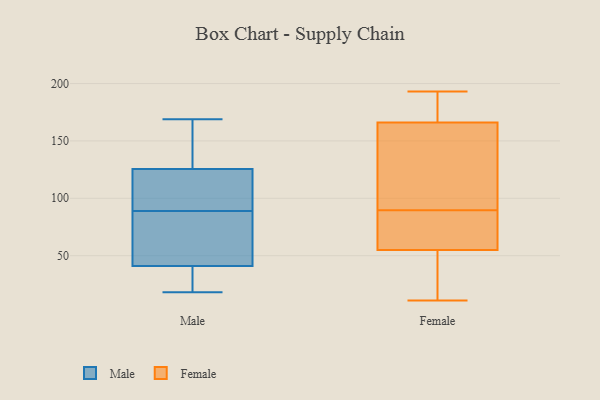
{"axis": {"x": "Churn Rate (%)", "y": "Value"}, "legend": ["Female", "Male"], "data": [{"x": "", "y": 50, "type": "Male"}, {"x": "", "y": 151, "type": "Male"}, {"x": "", "y": 27, "type": "Male"}, {"x": "", "y": 50, "type": "Male"}, {"x": "", "y": 169, "type": "Male"}, {"x": "", "y": 29, "type": "Male"}, {"x": "", "y": 45, "type": "Male"}, {"x": "", "y": 89, "type": "Male"}, {"x": "", "y": 156, "type": "Male"}, {"x": "", "y": 117, "type": "Male"}, {"x": "", "y": 113, "type": "Male"}, {"x": "", "y": 18, "type": "Male"}, {"x": "", "y": 92, "type": "Male"}, {"x": "", "y": 167, "type": "Female"}, {"x": "", "y": 49, "type": "Female"}, {"x": "", "y": 11, "type": "Female"}, {"x": "", "y": 140, "type": "Female"}, {"x": "", "y": 119, "type": "Female"}, {"x": "", "y": 170, "type": "Female"}, {"x": "", "y": 90, "type": "Female"}, {"x": "", "y": 58, "type": "Female"}, {"x": "", "y": 64, "type": "Female"}, {"x": "", "y": 89, "type": "Female"}, {"x": "", "y": 121, "type": "Female"}, {"x": "", "y": 165, "type": "Female"}, {"x": "", "y": 175, "type": "Female"}, {"x": "", "y": 193, "type": "Female"}, {"x": "", "y": 14, "type": "Female"}, {"x": "", "y": 61, "type": "Female"}, {"x": "", "y": 40, "type": "Female"}, {"x": "", "y": 52, "type": "Female"}, {"x": "", "y": 66, "type": "Female"}, {"x": "", "y": 187, "type": "Female"}]}